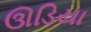
ઊડિયા